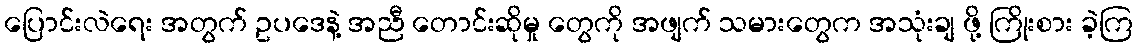
ပြောင်းလဲရေး အတွက် ဥပဒေနဲ့ အညီ တောင်းဆိုမှု တွေကို အဖျက် သမားတွေက အသုံးချ ဖို့ ကြိုးစား ခဲ့ကြ